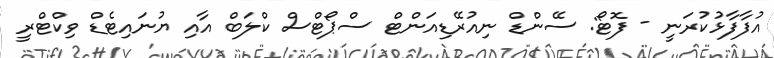
އުފާފާޅުކުރަނީ - ފޮޓޯ: ސޭންޑް ނިއުރޭޑިއަންޓް ސްޕޯޓްސް ކްލަބް އާއި ޔުނައިޓެޑް ވިކްޓްރީ